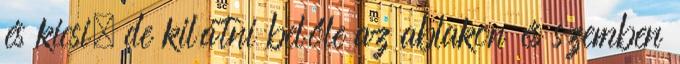
és kicsi, de kilátni belőle az ablakon és szemben